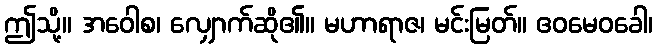
ဤသို့။ အဝေါစ၊ လျှောက်ဆို၏။ မဟာရာဇ၊ မင်းမြတ်။ ဧဝမေဝခေါ၊